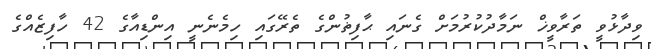
ވިދާޅުވީ ތަރާވީޚް ނަމާދުކުރުމަށް ގެނައި ޙާފިޡުންގެ ތެރޭގައި ހިމެނެނީ އިންޑިއާގެ 42 ހާފިޒެއްގެ